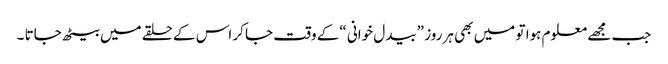
جب مجھے معلوم ہوا تو میں بھی ہر روز ”بیدل خوانی “کے وقت جا کر اس کے حلقے میں بیٹھ جاتا ۔